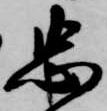
忠